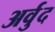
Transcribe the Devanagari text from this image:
अर्वुद